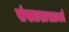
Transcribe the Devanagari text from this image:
संख्याशास्त्रामधे